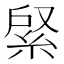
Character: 䋜